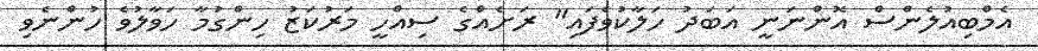
އެމްބިއުލެންސް އޮންނަނީ އަބަދު ހަލާކުވެފައި" ރަށެއްގެ ސިއްހީ މަރުކަޒު ހިންގުމާ ހަވާލުވެ ހުންނެވި